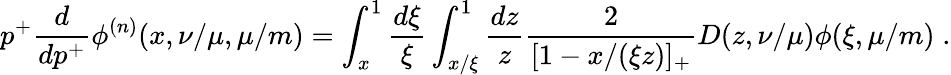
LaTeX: p^{+}\frac{d}{dp^{+}}\phi^{(n)}(x,\nu/\mu,\mu/m)=\int_{x}^{1}\frac{d\xi}{\xi}\int_{x/\xi}^{1}\frac{dz}{z}\frac{2}{[1-x/(\xi z)]_{+}}D(z,\nu/\mu)\phi(\xi,\mu/m)\; .